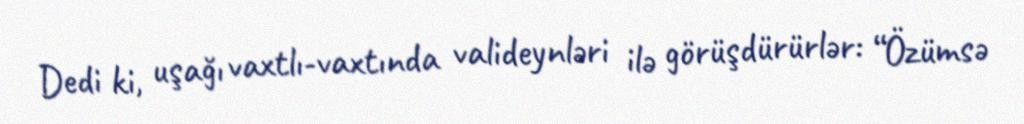
Dedi ki, uşağı vaxtlı-vaxtında valideynləri ilə görüşdürürlər: “Özümsə